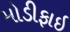
મોડીફાઇ